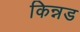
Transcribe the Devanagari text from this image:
किन्नड